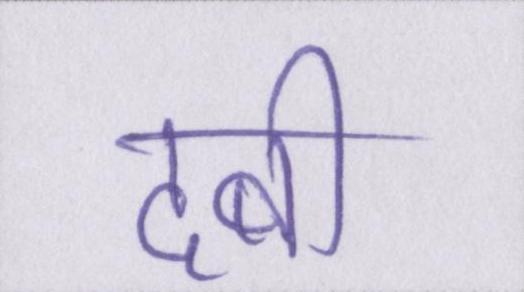
दबी